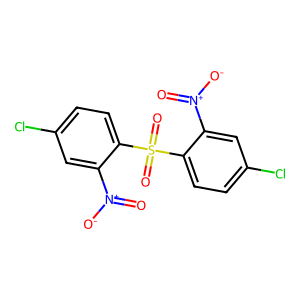
SMILES: O=[N+]([O-])c1cc(Cl)ccc1S(=O)(=O)c1ccc(Cl)cc1[N+](=O)[O-]
Inhibits HIV replication: No